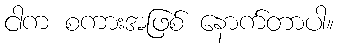
ငါက စကားအဖြစ် နောက်တာပါ။